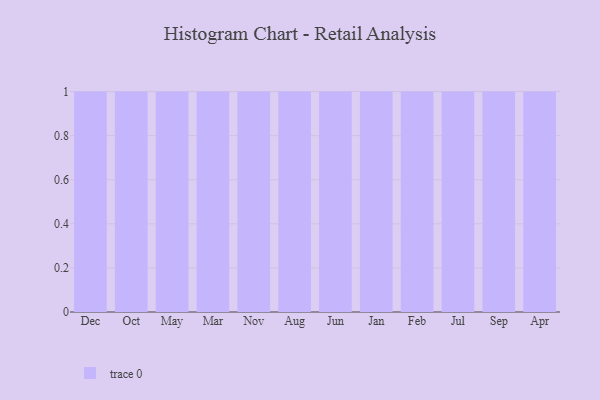
{"axis": {"x": "Month", "y": "Waste Production (Tons)"}, "legend": [""], "data": [{"x": "Dec", "y": 24, "type": ""}, {"x": "Oct", "y": 55, "type": ""}, {"x": "May", "y": 76, "type": ""}, {"x": "Mar", "y": 12, "type": ""}, {"x": "Nov", "y": 20, "type": ""}, {"x": "Aug", "y": 41, "type": ""}, {"x": "Jun", "y": 9, "type": ""}, {"x": "Jan", "y": 32, "type": ""}, {"x": "Feb", "y": 60, "type": ""}, {"x": "Jul", "y": 75, "type": ""}, {"x": "Sep", "y": 48, "type": ""}, {"x": "Apr", "y": 86, "type": ""}]}